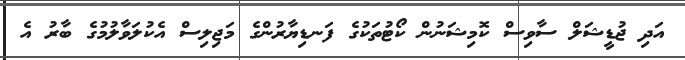
އަދި ޖުޑީޝަލް ސާވިސް ކޮމިޝަނުން ކޯޓުތަކުގެ ފަނޑިޔާރުންގެ މަޖިލިސް އެކުލަވާލުމުގެ ބާރު އެ